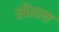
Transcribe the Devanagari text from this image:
सीगला